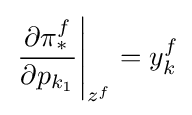
\left.{\frac {\partial \pi _{*}^{f}}{\partial p_{k_{1}}}}\right|_{z^{f}}=y_{k}^{f}